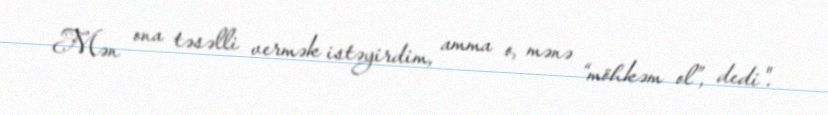
Mən ona təsəlli vermək istəyirdim, amma o, mənə “möhkəm ol”, dedi".